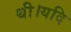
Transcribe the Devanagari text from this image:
थी।यदि